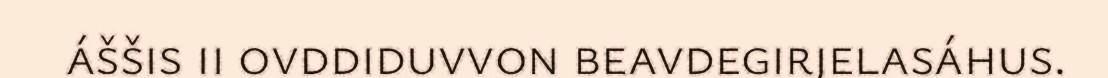
áššis ii ovddiduvvon beavdegirjelasáhus.